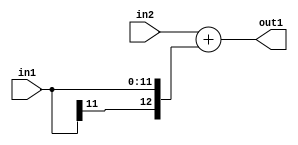
`timescale 1ps / 1ps
/*****************************************************************************
    Verilog RTL Description
    
    
    Created by: Stratus DpOpt 2019.1.01 
*******************************************************************************/

module SobelFilter_Add_13Sx12S_13S_4 (
	in2,
	in1,
	out1
	); /* architecture "behavioural" */ 
input [12:0] in2;
input [11:0] in1;
output [12:0] out1;
wire [12:0] asc001;

assign asc001 = 
	+(in2)
	+({in1[11], in1});

assign out1 = asc001;
endmodule

/* CADENCE  ubL0QgA= : u9/ySgnWtBlWxVPRXgAZ4Og= ** DO NOT EDIT THIS LINE ******/